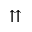
\upuparrows